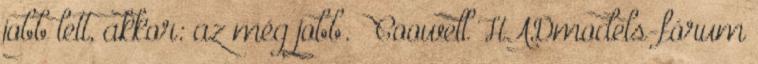
jobb lett, akkor: az még jobb. Coowell HADmodels-fórum